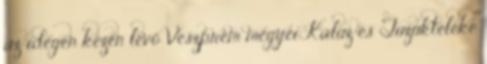
az idegen kézen levő Veszprém megyei Kaluz és Tuzukteleke